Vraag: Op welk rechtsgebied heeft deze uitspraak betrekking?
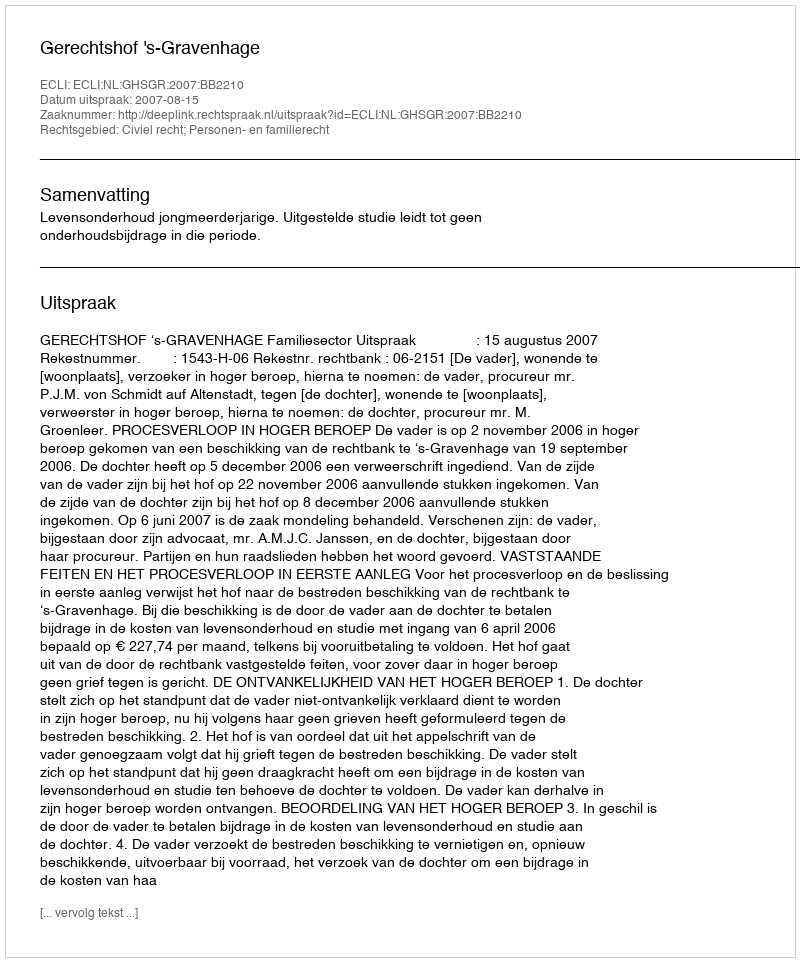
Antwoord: Civiel recht; Personen- en familierecht